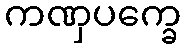
ကဏှပက္ခေ